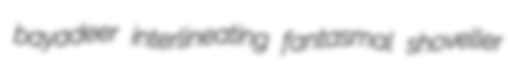
bayadeer interlineating fantasmal shoveller